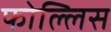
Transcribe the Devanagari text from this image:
फोल्लिस